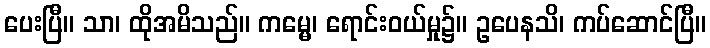
ပေးပြီ။ သာ၊ ထိုအမိသည်။ ကမ္မေ၊ ရောင်းဝယ်မှု၌။ ဥပေနသိ၊ ကပ်ဆောင်ပြီ။